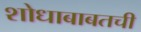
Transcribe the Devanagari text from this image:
शोधाबाबतची